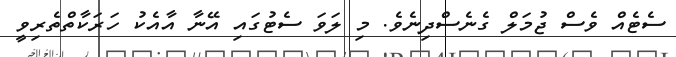
ސެޓެއް ވެސް ޖުމަލް ގެނެސްދިނެވެ. މި ލަވަ ސެޓުގައި އޭނާ އާއެކު ހަރަކާތްތެރިވީ